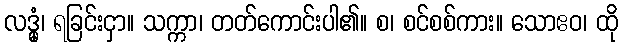
လဒ္ဓုံ၊ ရခြင်းငှာ။ သက္ကာ၊ တတ်ကောင်းပါ၏။ စ၊ စင်စစ်ကား။ သောဧဝ၊ ထို